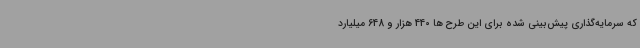
که سرمایه‌گذاری پیش‌بینی شده برای این طرح ها 440 هزار و 648 میلیارد